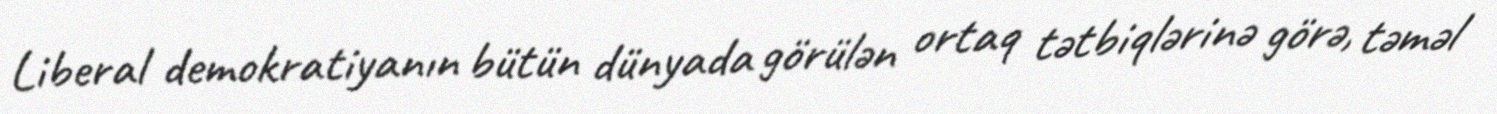
Liberal demokratiyanın bütün dünyada görülən ortaq tətbiqlərinə görə, təməl